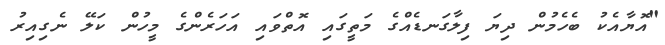
"އޮޔާއެކު ބެހެމުން ދިޔަ ފިލާގަނޑެއްގެ މަތީގައި އޮތްވައި އަހަރެންގެ މީހުން ކަލޭ ނެގިއިރު